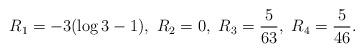
LaTeX: \begin{align*}R_{1}=-3(\log3-1),\ R_{2}=0,\ R_{3}=\frac{5}{63},\ R_{4}=\frac{5}{46}.\end{align*}